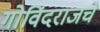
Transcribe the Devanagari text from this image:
गोविंदराजचे